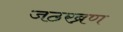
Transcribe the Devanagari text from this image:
जठरब्रण